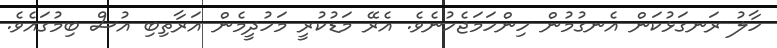
ހާލު ރަނގަޅުކަން އެނގުމުން ހިންހަމަޖެހުނެވެ. އެރޭ މަޑުކުރީ މަހުދީމެން އަރާތިބި އުސް ބިމުގައެވެ.